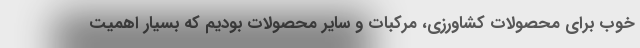
خوب برای محصولات کشاورزی، مرکبات و سایر محصولات بودیم که بسیار اهمیت